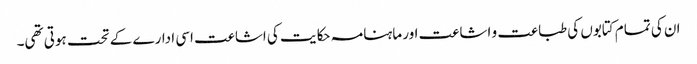
ان کی تمام کتابوں کی طباعت و اشاعت اور ماہنامہ حکایت کی اشاعت اسی ادارے کے تحت ہوتی تھی۔